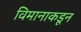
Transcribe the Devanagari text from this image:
विमानाकडून